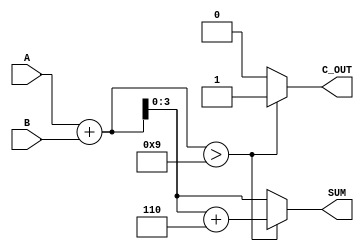
module BCD_Adder (
    input  [3:0] A,        // First BCD digit (0-9)
    input  [3:0] B,        // Second BCD digit (0-9)
    output reg [3:0] SUM,   // Resultant BCD digit (0-9)
    output reg C_OUT        // Carry out signal
);

    wire [4:0] binary_sum; // Intermediate binary sum (5 bits)

    // Step 1: Binary Addition
    assign binary_sum = A + B; // Perform binary addition

    // Step 2: BCD Correction
    always @(*) begin
        if (binary_sum > 9) begin
            SUM = binary_sum + 5'd6; // Add 6 to the sum for BCD adjustment
            C_OUT = 1;                // Set carry out
        end else begin
            SUM = binary_sum[3:0];    // Take the lower 4 bits as the result
            C_OUT = 0;                // No carry out
        end
    end

endmodule